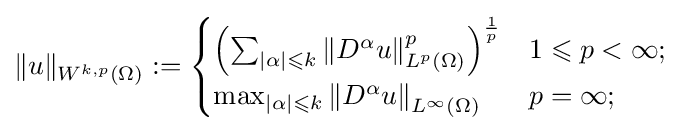
\|u\|_{W^{k,p}(\Omega )}:={\begin{cases}\left(\sum _{|\alpha |\leqslant k}\left\|D^{\alpha }u\right\|_{L^{p}(\Omega )}^{p}\right)^{\frac {1}{p}}&1\leqslant p<\infty ;\\\max _{|\alpha |\leqslant k}\left\|D^{\alpha }u\right\|_{L^{\infty }(\Omega )}&p=\infty ;\end{cases}}